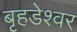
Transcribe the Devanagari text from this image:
बृहडेश्वर